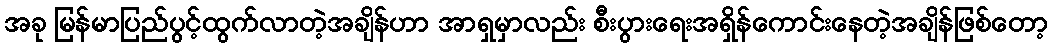
အခု မြန်မာပြည်ပွင့်ထွက်လာတဲ့အချိန်ဟာ အာရှမှာလည်း စီးပွားရေးအရှိန်ကောင်းနေတဲ့အချိန်ဖြစ်တော့